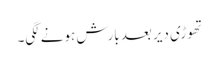
تھوڑی دیر بعد بارش ہونے لگی۔